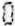
0